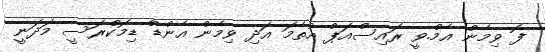
ފޮ ވިމެން އެމް.ވީ ރައިސްއަޕް އުތެމަ އަދި ވިމެން އެންޑް ޑިމޮކްރަސީ މަދަނީ